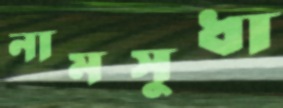
নামসুধা